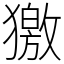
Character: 獥